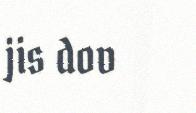
jis dov